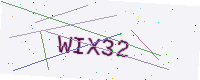
Text: WIX32